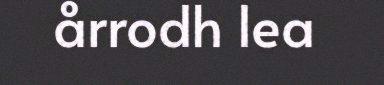
årrodh lea